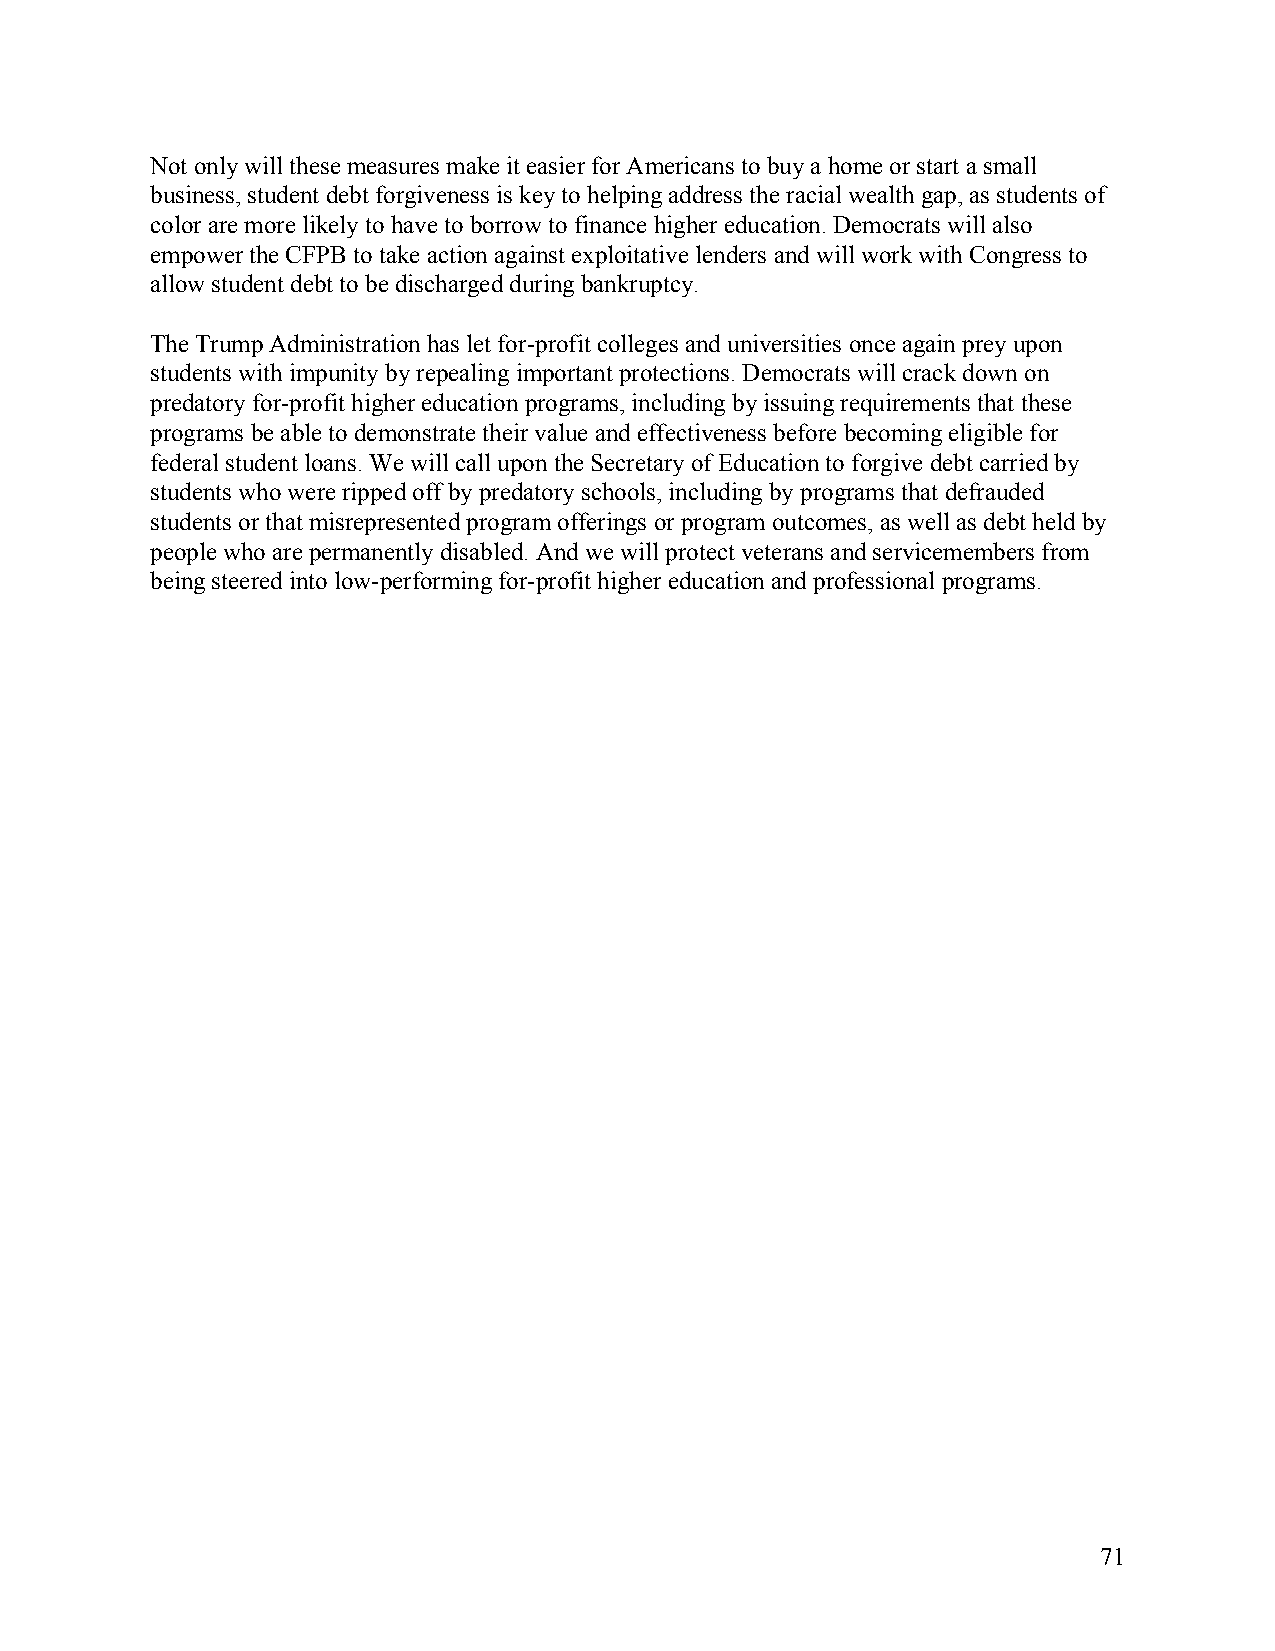
Not only will these measures make it easier for Americans to buy a home or start a small
 business, student debt forgiveness is key to helping address the racial wealth gap, as students of
 color are more likely to have to borrow to finance higher education. Democrats will also
 empower the CFPB to take action against exploitative lenders and will work with Congress to
 allow student debt to be discharged during bankruptcy.
 The Trump Administration has let for-profit colleges and universities once again prey upon
 students with impunity by repealing important protections. Democrats will crack down on
 predatory for-profit higher education programs, including by issuing requirements that these
 programs be able to demonstrate their value and effectiveness before becoming eligible for
 federal student loans. We will call upon the Secretary of Education to forgive debt carried by
 students who were ripped off by predatory schools, including by programs that defrauded
 students or that misrepresented program offerings or program outcomes, as well as debt held by
 people who are permanently disabled. And we will protect veterans and servicemembers from
 being steered into low-performing for-profit higher education and professional programs.
 71